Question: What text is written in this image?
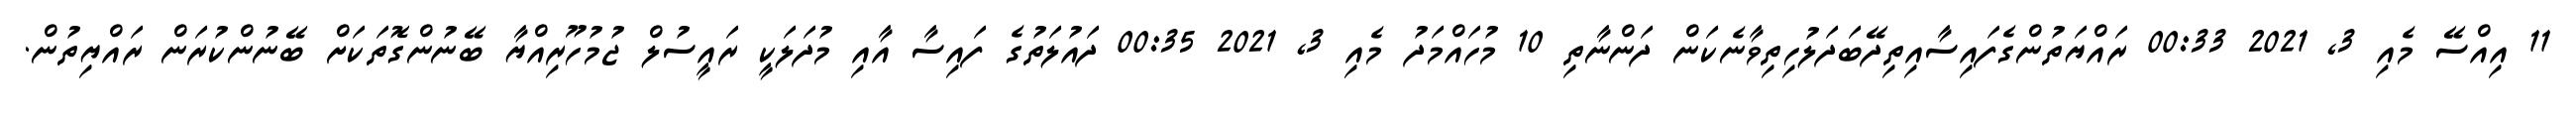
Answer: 11 އިއްސޭ މެއި 3, 2021 00:33 ރައްޔަތުންގެފައިސާއިތިދޭބަދަލުހިތިވާނެކަން ދަންނާތި 10 މުހައްމަދު މެއި 3, 2021 00:35 ދައުލަތުގެ ފައިސާ އާއި މުދަލަކީ ރައީސުލް ޖުމުހޫރިއްޔާ ބޭނުންގޮތަކަށް ބޭނުންކުރަން ރައްޔިތުން.